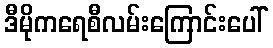
ဒီမိုကရေစီလမ်းကြောင်းပေါ်